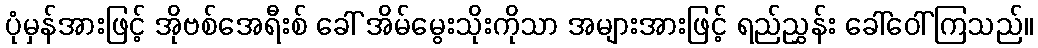
ပုံမှန်အားဖြင့် အိုဗစ်အေရီးစ် ခေါ် အိမ်မွေးသိုးကိုသာ အများအားဖြင့် ရည်ညွှန်း ခေါ်ဝေါ်ကြသည်။